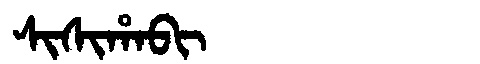
Manchu: ᠰᡳᠰᡳᡥᠠᠪᡳ
Romanization: SISIHABI